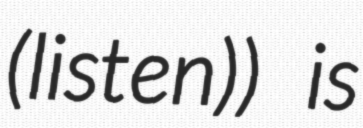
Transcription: (listen)) is